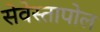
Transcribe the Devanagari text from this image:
सेवेस्तापोल